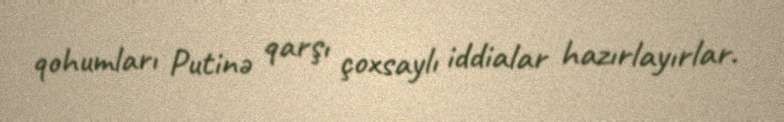
qohumları Putinə qarşı çoxsaylı iddialar hazırlayırlar.